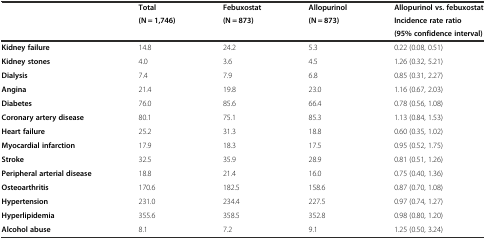
| <ROWSPAN=3>  | Total | Febuxostat | Allopurinol | Allopurinol vs. febuxostat |
 | <ROWSPAN=2> (N = 1,746) | <ROWSPAN=2> (N = 873) | <ROWSPAN=2> (N = 873) | Incidence rate ratio |
 | (95% confidence interval) |
 | --- | --- | --- | --- | --- |
 | Kidney failure | 14.8 | 24.2 | 5.3 | 0.22 (0.08, 0.51) |
 | Kidney stones | 4.0 | 3.6 | 4.5 | 1.26 (0.32, 5.21) |
 | Dialysis | 7.4 | 7.9 | 6.8 | 0.85 (0.31, 2.27) |
 | Angina | 21.4 | 19.8 | 23.0 | 1.16 (0.67, 2.03) |
 | Diabetes | 76.0 | 85.6 | 66.4 | 0.78 (0.56, 1.08) |
 | Coronary artery disease | 80.1 | 75.1 | 85.3 | 1.13 (0.84, 1.53) |
 | Heart failure | 25.2 | 31.3 | 18.8 | 0.60 (0.35, 1.02) |
 | Myocardial infarction | 17.9 | 18.3 | 17.5 | 0.95 (0.52, 1.75) |
 | Stroke | 32.5 | 35.9 | 28.9 | 0.81 (0.51, 1.26) |
 | Peripheral arterial disease | 18.8 | 21.4 | 16.0 | 0.75 (0.40, 1.36) |
 | Osteoarthritis | 170.6 | 182.5 | 158.6 | 0.87 (0.70, 1.08) |
 | Hypertension | 231.0 | 234.4 | 227.5 | 0.97 (0.74, 1.27) |
 | Hyperlipidemia | 355.6 | 358.5 | 352.8 | 0.98 (0.80, 1.20) |
 | Alcohol abuse | 8.1 | 7.2 | 9.1 | 1.25 (0.50, 3.24) |